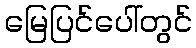
မြေပြင်ပေါ်တွင်